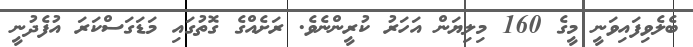
ބެލެވިފައިވަނީ މީގެ 160 މިލިޔަން އަހަރު ކުރީންނެވެ. ރަށެއްގެ ގޮތުގައި މަޑަގަސްކަރަ އުފެދުނީ